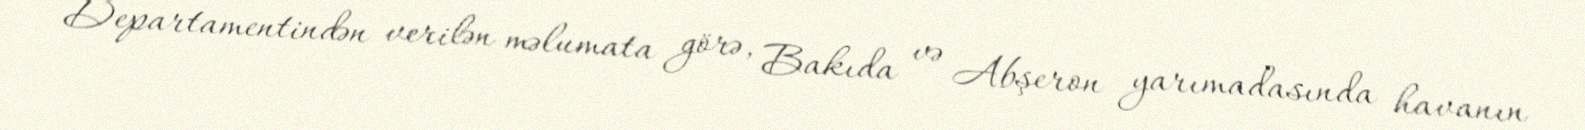
Departamentindən verilən məlumata görə, Bakıda və Abşeron yarımadasında havanın